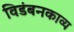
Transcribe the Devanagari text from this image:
विडंबनकाव्य